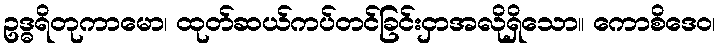
ဥဒ္ဓရိတုကာမော၊ ထုတ်ဆယ်ကပ်တင်ခြင်းငှာအလိုရှိသော။ ကောစိဒေဝ၊